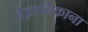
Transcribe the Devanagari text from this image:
वैज्ञानिकाना